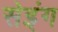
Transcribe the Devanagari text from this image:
सेइंग